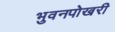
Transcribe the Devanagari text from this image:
भुवनपोखरी